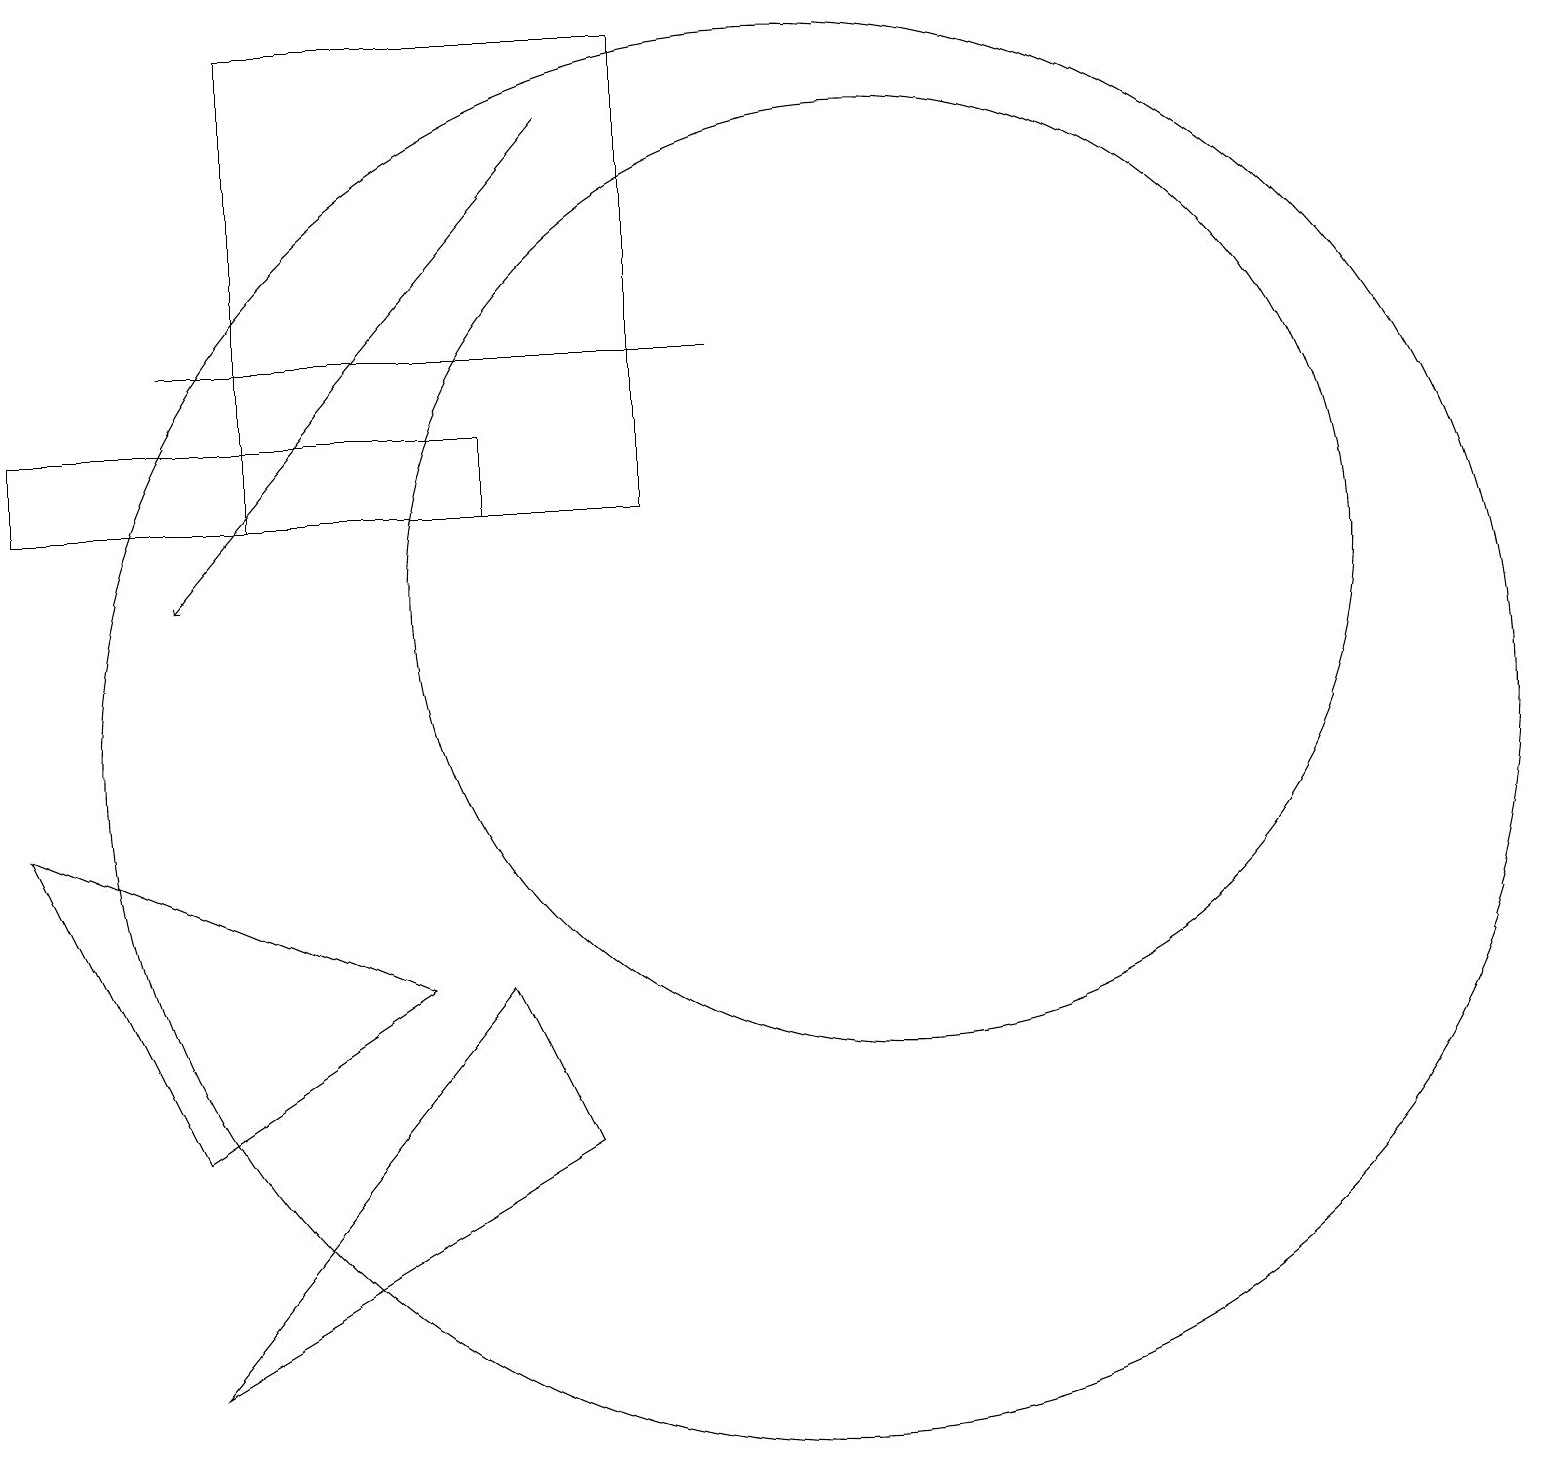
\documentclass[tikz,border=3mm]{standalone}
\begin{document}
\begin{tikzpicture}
\draw (3,19) rectangle (8,13);
\draw (6,14) rectangle (0,13);
\draw (5,7) -- (0,9) -- (2,5) -- cycle;
\draw (10,10) circle (9);
\draw (9,15) rectangle (2,15);
\draw[->] (7,18) -- (2,12);
\draw (2,2) -- (7,5) -- (6,7) -- cycle;
\draw (11,12) circle (6);
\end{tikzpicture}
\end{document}